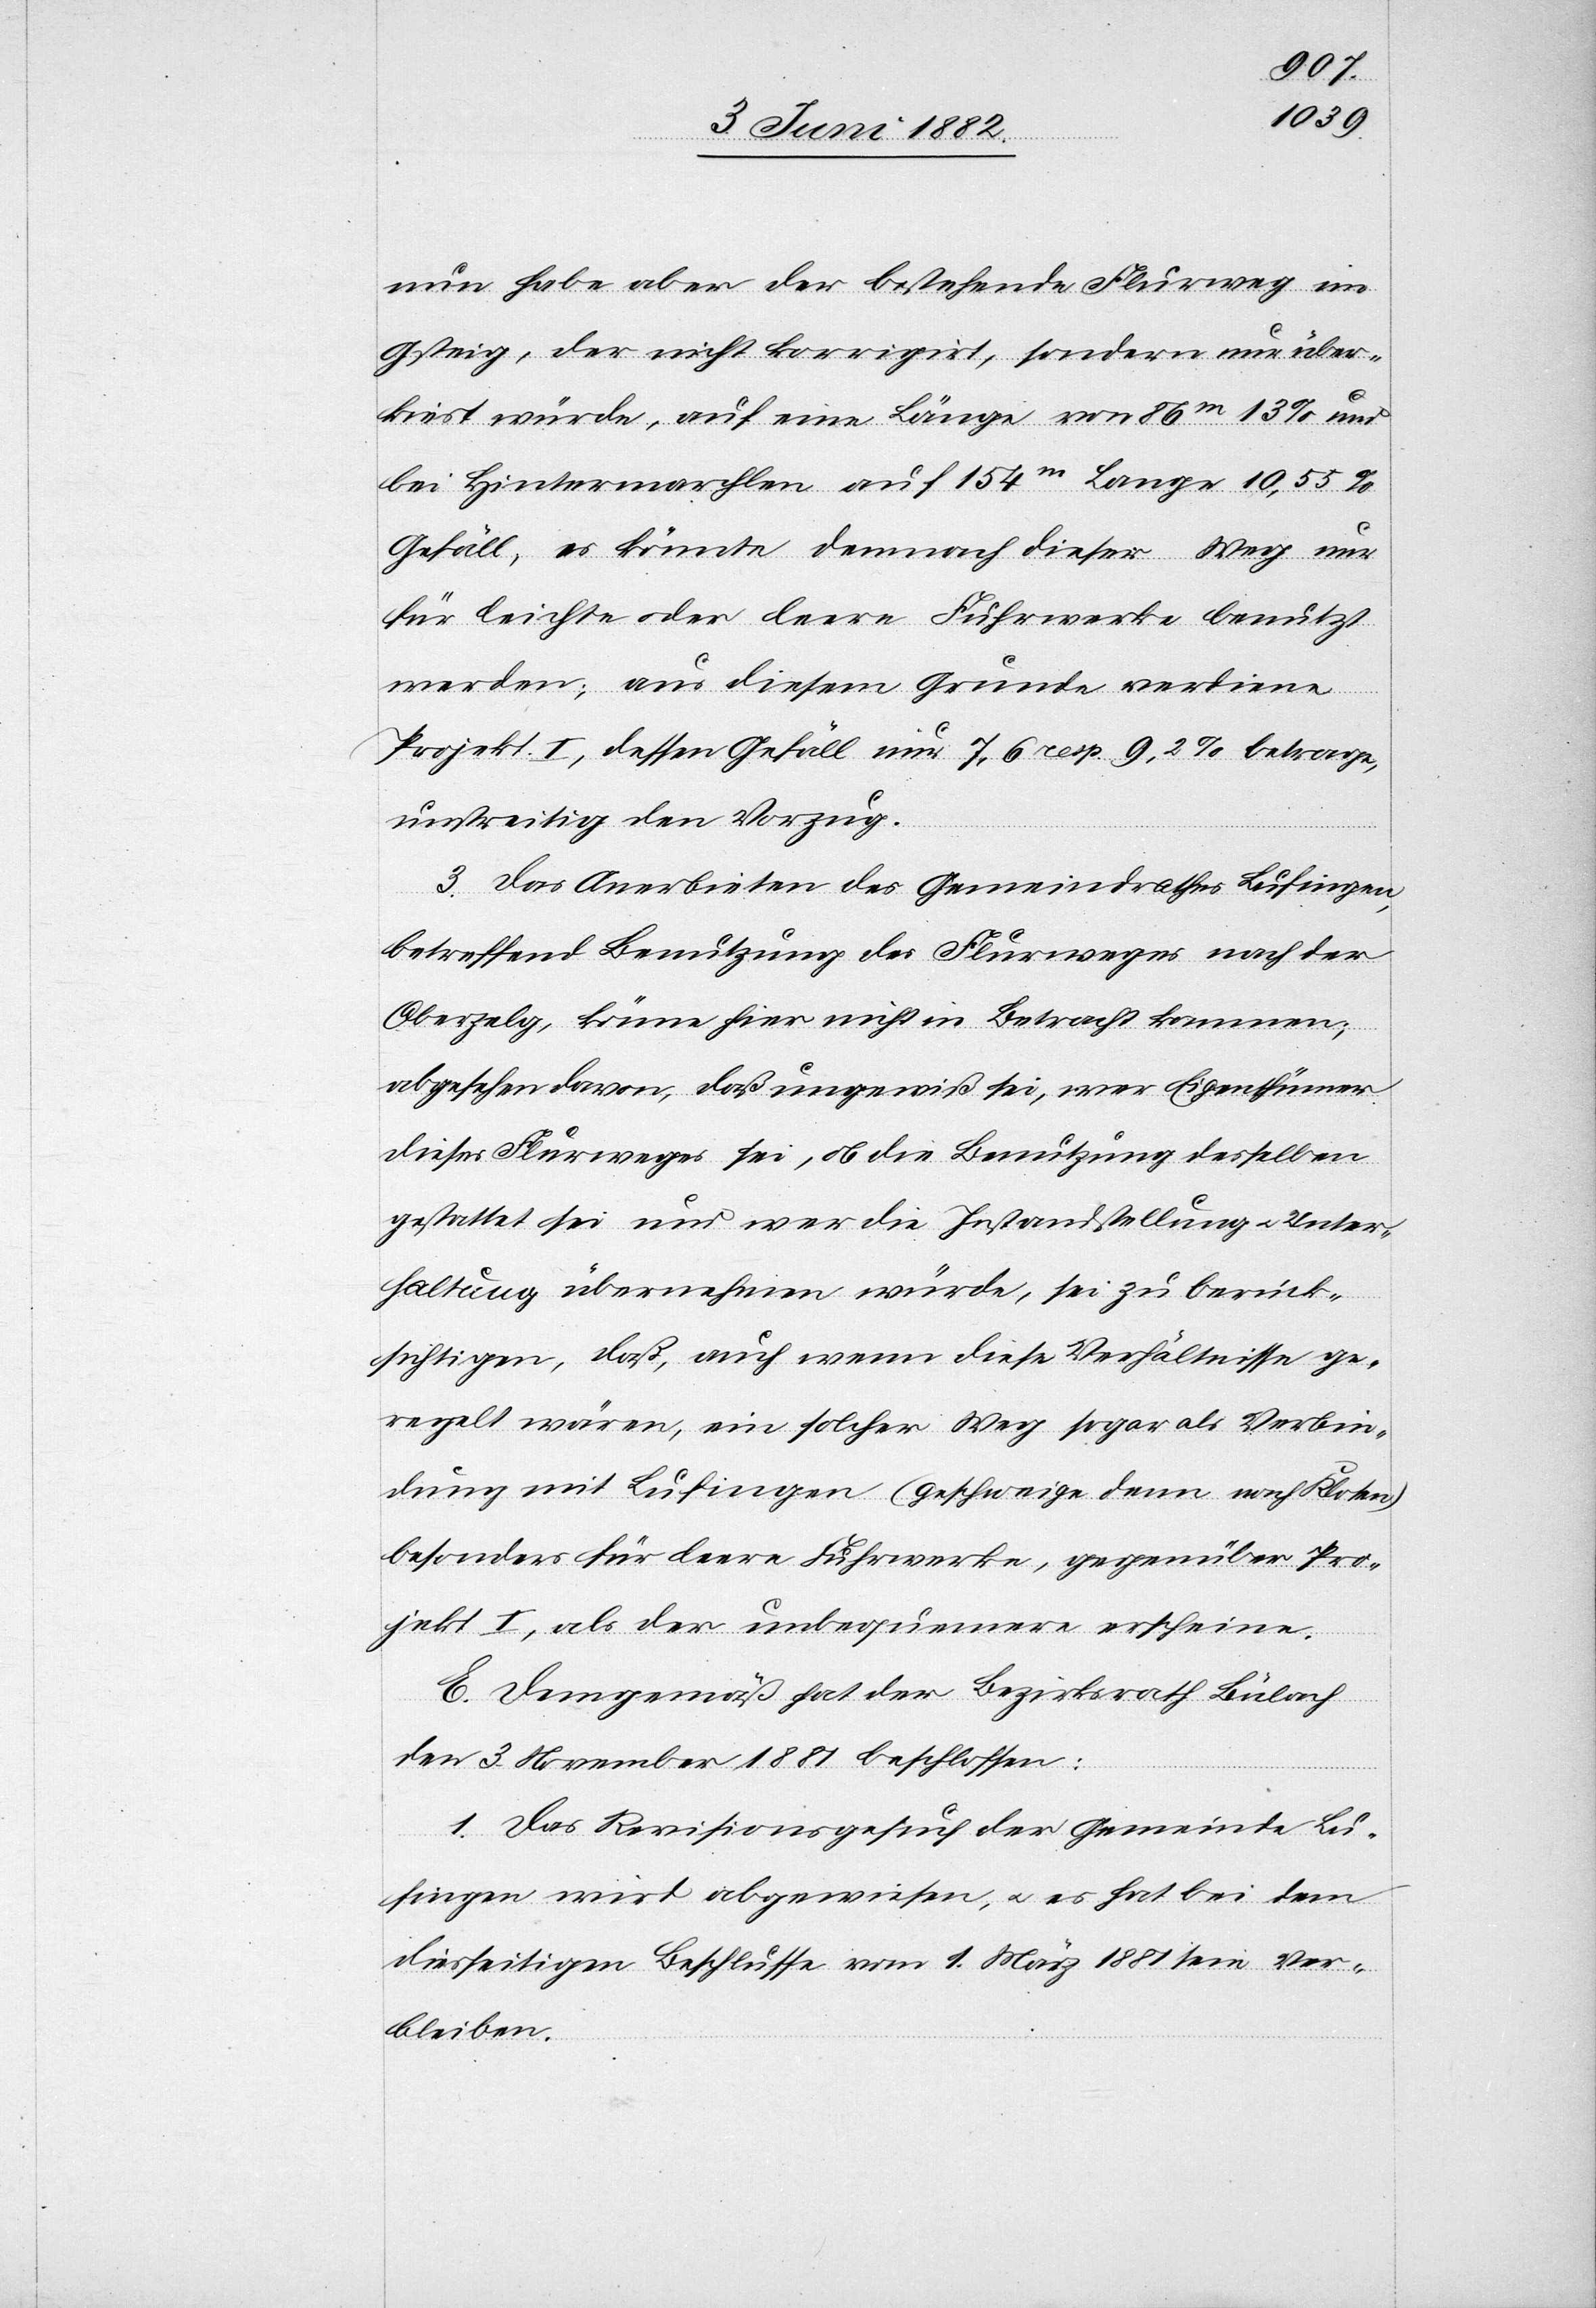
nun habe aber der bestehende Flurweg im
Gsteig, der nicht korrigirt, sondern nur über¬
kiest würde, auf eine Länge von 86m 13% und
bei Hintermarchlen auf 154m Länge 10,55%
Gefäll, es könnte demnach dieser Weg nur
für leichte oder leere Fuhrwerke benutzt
werden; aus diesem Grunde verdiene
Projekt I, dessen Gefäll nur 7,6 resp. 9,2% betrage,
unstreitig den Vorzug.
3. Das Anerbieten des Gemeindrathes Lufingen,
betreffend Benutzung des Flurweges nach der
Oberzelg, könne hier nicht in Betracht kommen;
angesehen davon, daß ungewiß sei, wer Eigenthümer
dieses Flurweges sei, ob die Benutzung desselben
gestattet sei und wer die Instandstellung u. Unter¬
haltung übernehmen würde, sei zu berück¬
sichtigen, daß, auch wenn diese Verhältnisse ge¬
regelt wären, ein solche Weg sogar als Verbin¬
dung mit Lufingen (geschweige denn nach Kloten)
besonders für leere Fuhrwerke, gegenüber Pro¬
jekt I als der unbequemere erscheine.
E. Demgemäß hat der Bezirksrath Bülach
den 3. November 1881 beschlossen:
1. Das Revisionsgesuch der Gemeinde Lu¬
fingen wird abgewiesen, u. es hat bei dem
diesseitigen Beschlusse vom 1. März 1881 sein Ver¬
bleiben.